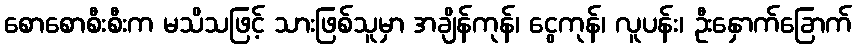
စောစောစီးစီးက မသိသဖြင့် သားဖြစ်သူမှာ အချိန်ကုန်၊ ငွေကုန်၊ လူပန်း၊ ဦးနှောက်ခြောက်